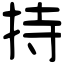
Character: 持